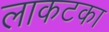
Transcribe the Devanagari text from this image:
लाकटका